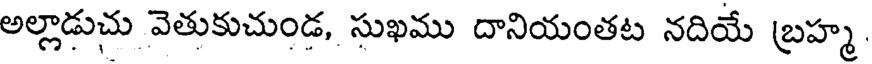
అల్లాడుచు వెతుకుచుండ, సుఖము దానియంతట నదియే బ్రహ్మ